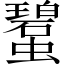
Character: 𧓮